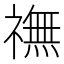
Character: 𫞶